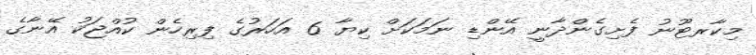
މިކާރޓޫނު ފެށިގެންދާނީ އޭންޑި ނަމަކަށް ކިޔާ 6 އަހަރުގެ ފިރިހެން ކުއްޖަކު އޭނާގެ